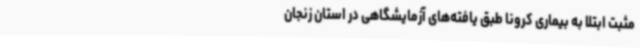
مثبت ابتلا به بیماری کرونا طبق یافته‌های آزمایشگاهی در استان زنجان